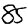
Digit: 8